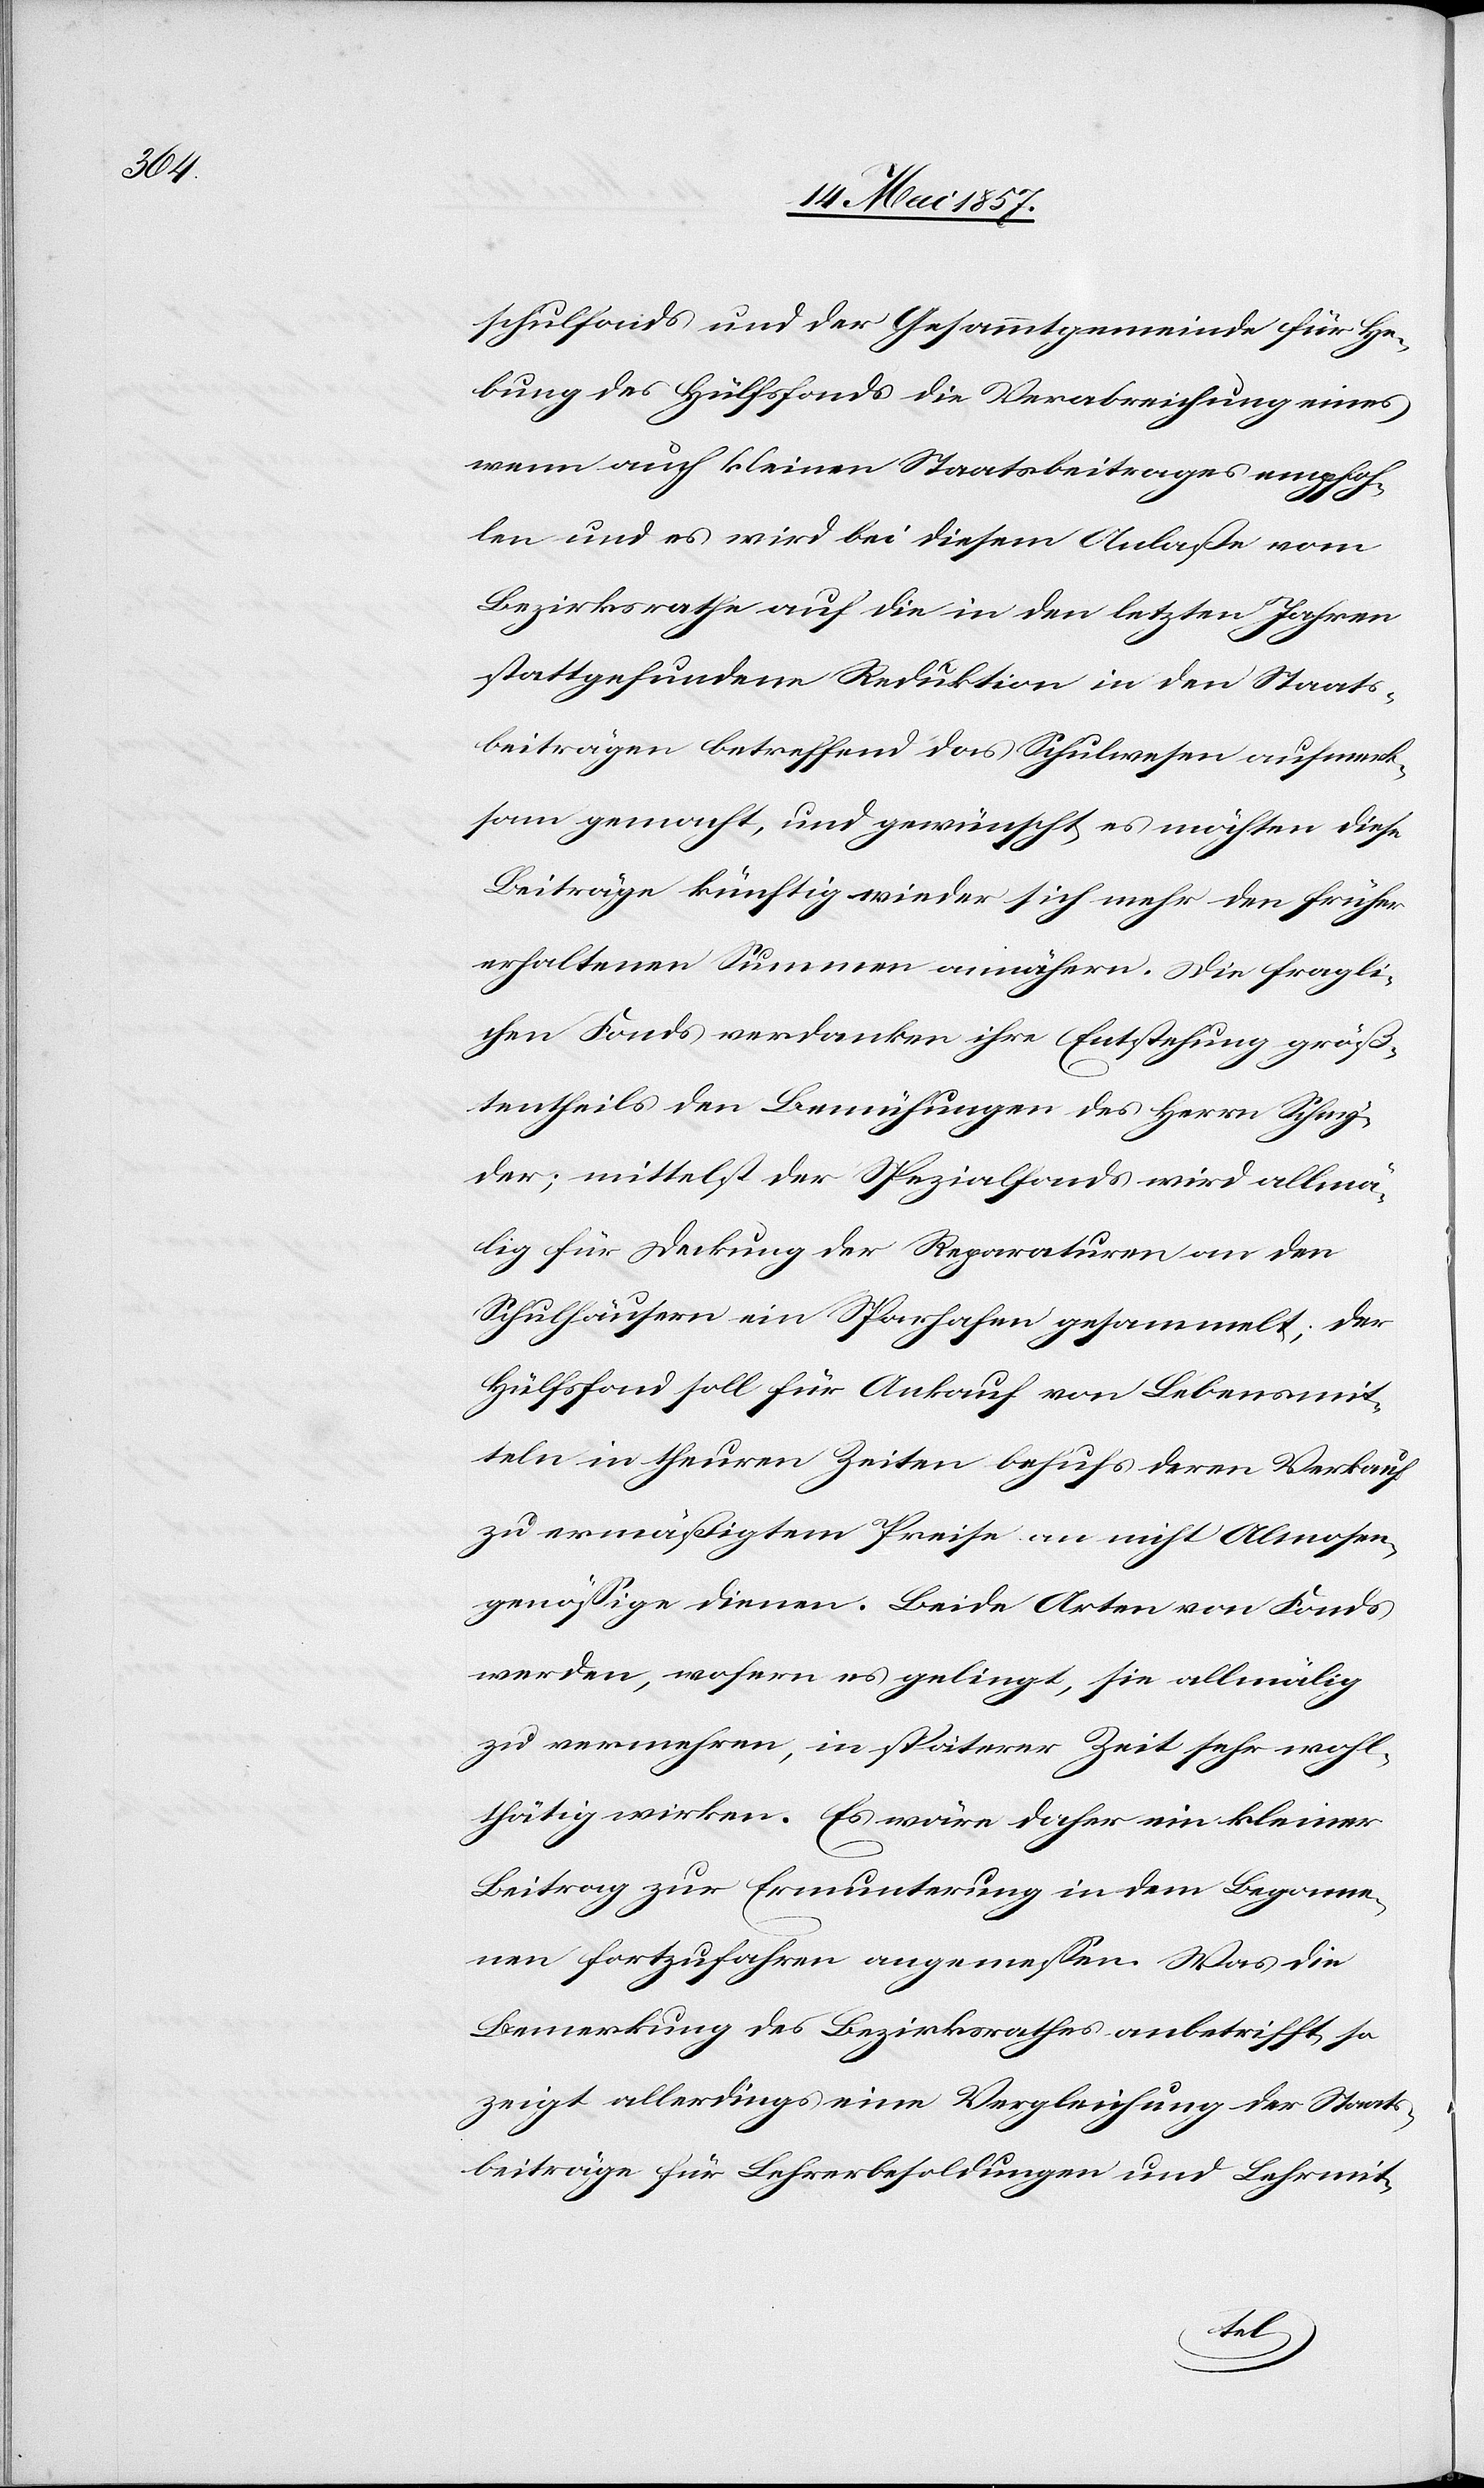
schulfonds und der Gesammtgemeinde für He¬
bung des Hülfsfonds die Verabreichung eines
wenn auch kleinen Staatsbeitrages empfoh¬
len und es wird bei diesem Anlaße vom
Bezirksrathe auf die in den letzten Jahren
stattgefundene Reduktion in den Staats¬
beiträgen betreffend das Schulwesen aufmerk¬
sam gemacht, und gewünscht es möchten diese
Beiträge künftig wieder sich mehr den früher
erhaltenen Summen annähern. Die fragli¬
chen Fonds verdanken ihre Entstehung größ¬
tentheils den Bemühungen des Herrn Schny¬
der, mittelst der Spezialfonds wird allmä¬
lig für Deckung der Reparaturen an den
Schulhäusern ein Sparhafen gesammelt; der
Hülfsfond soll für Ankauf von Lebensmit¬
teln in theuren Zeiten behufs deren Verkauf
zu ermäßigtem Preise an nicht Almosen¬
genößige dienen. Beide Arten von Fonds
werden, wofern es gelingt, sie allmälig
zu vermehren, in späterer Zeit sehr wohl¬
thätig wirken. Es wäre daher ein kleiner
Beitrag zur Ermunterung in dem Begonne¬
nen fortzufahren angemessen. Was die
Bemerkung des Bezirksrathes anbetrifft, so
zeigt allerdings eine Vergleichung der Staats¬
beiträge für Lehrerbesoldungen und Lehrmit-